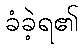
ခံခဲ့ရ၏